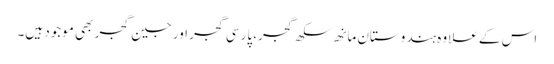
اس کے علاوہ ہندوستان مانھ سکھ گجر، پارسی گجر اور جین گجر بھی موجود ہیں۔